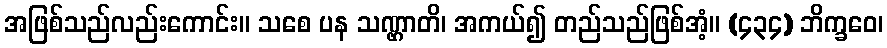
အဖြစ်သည်လည်းကောင်း။ သစေ ပန သဏ္ဌာတိ၊ အကယ်၍ တည်သည်ဖြစ်အံ့။ (၄၃၄) ဘိက္ခဝေ၊